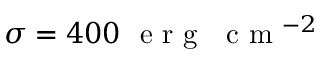
\sigma = 4 0 0 ~ \mathrm { ~ e ~ r ~ g ~ ~ ~ c ~ m ~ } ^ { - 2 }